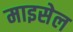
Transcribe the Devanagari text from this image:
माइसेल